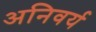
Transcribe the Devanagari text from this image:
अनिवर्य